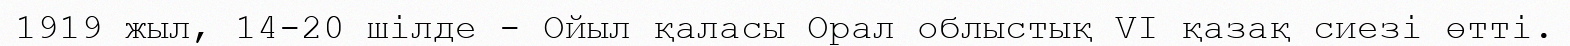
1919 жыл, 14-20 шілде - Ойыл қаласы Орал облыстық VI қазақ сиезі өтті.